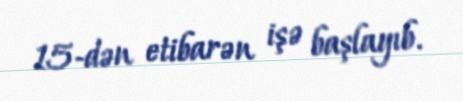
15-dən etibarən işə başlayıb.